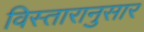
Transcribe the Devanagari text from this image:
विस्तारानुसार